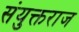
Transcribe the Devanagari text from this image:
संयुक्तराज